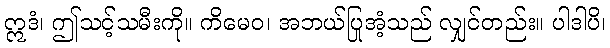
ဣဒံ၊ ဤသင့်သမီးကို။ ကိမေဝ၊ အဘယ်ပြုအံ့သည် လျှင်တည်း။ ပါဒါပိ၊